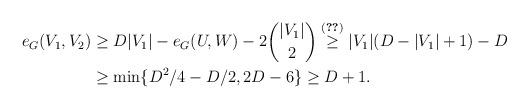
LaTeX: \begin{align*}e_G(V_1,V_2) &\geq D|V_1| - e_G(U,W) - 2\binom{|V_1|}{2} \stackrel{(\ref{eWU})}{\geq} |V_1|(D-|V_1|+1)-D\\ &\geq \min \lbrace D^2/4-D/2, 2D-6 \rbrace \geq D+1.\end{align*}